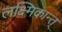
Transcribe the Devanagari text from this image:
लक्ष्मिकान्त्